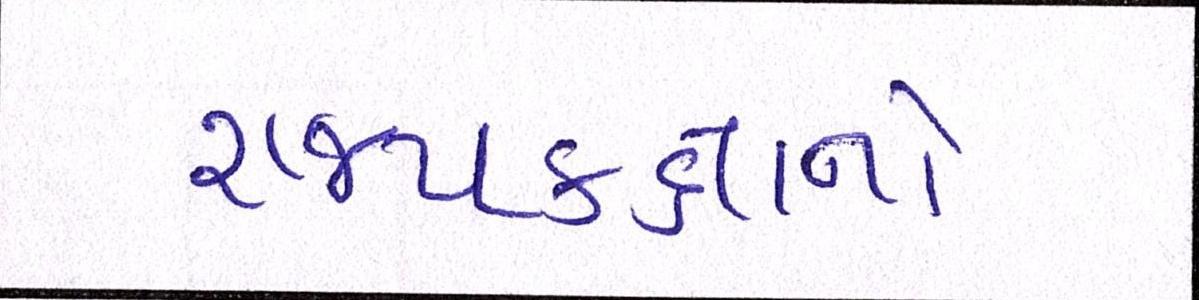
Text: રાજ્યકક્ષાનો